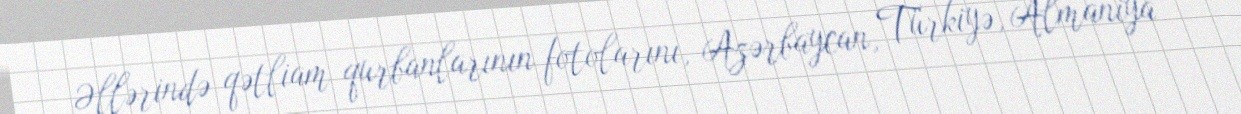
Əllərində qətliam qurbanlarının fotolarını, Azərbaycan, Türkiyə, Almaniya